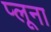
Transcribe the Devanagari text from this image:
प्लूना